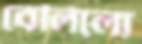
বেলিলো